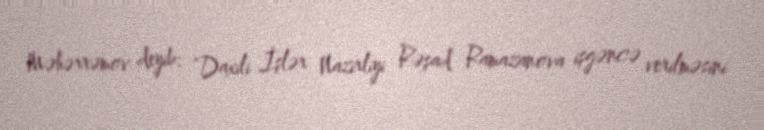
Məhərrəmov deyib: “Daxili İşlər Nazirliyi Rəşad Ramazanova işgəncə verilməsini